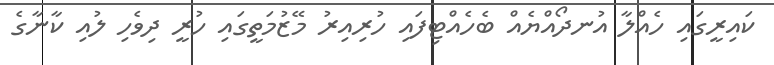
ކައިރީގައި ހެއްލާ އުނދޯއްޔެއް ބެހެއްޓިފައި ހުރިއިރު މޭޒުމަތީގައި ހުރީ ދިވެހި ލުއި ކާނާގެ